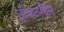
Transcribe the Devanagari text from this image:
ट्रॅव्हर्टाईन